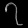
Digit: ၇